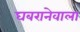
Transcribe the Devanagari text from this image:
घबरानेवाला